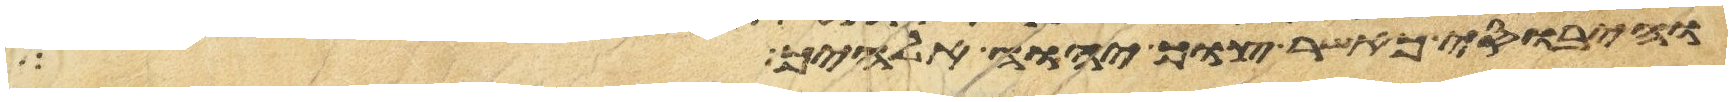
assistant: והיבוסי כאשר צוך יהוה אלהיך